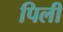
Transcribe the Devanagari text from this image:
पिलीं